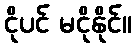
ငိုပင် မငိုနိုင်။